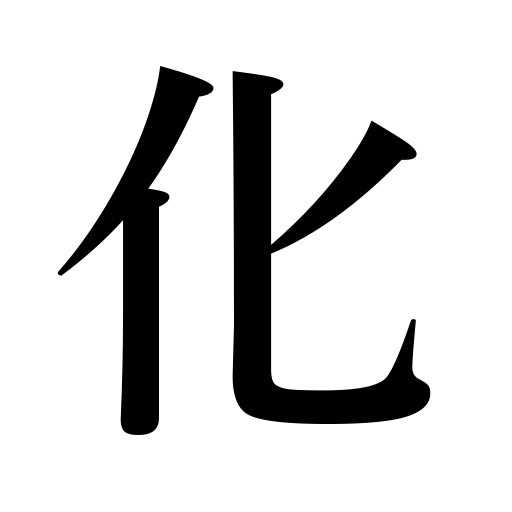
Meanings: influence,bewitch,enchant,appear in disguise,delude, bewitch,confuse